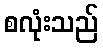
စလုံးသည်